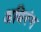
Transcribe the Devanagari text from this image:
अधिरंग